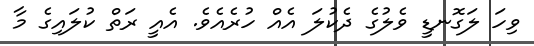
ވިހަ ލަގޮނޑީ ވެލުގެ ދެކުލަ އެއް ހުރެއެވެ. އެއީ ރަތް ކުލައިގެ މާ